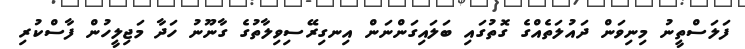
ފަލަސްތީނު މިނިވަން ދައުލަތެއްގެ ގޮތުގައި ބަލައިގަންނަން އިނގިރޭސިވިލާތުގެ ގާނޫނު ހަދާ މަޖިލީހުން ފާސްކުރި